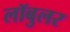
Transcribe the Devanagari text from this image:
लॉबुलर